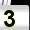
Digit: 3